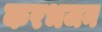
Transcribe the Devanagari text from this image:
करभजन